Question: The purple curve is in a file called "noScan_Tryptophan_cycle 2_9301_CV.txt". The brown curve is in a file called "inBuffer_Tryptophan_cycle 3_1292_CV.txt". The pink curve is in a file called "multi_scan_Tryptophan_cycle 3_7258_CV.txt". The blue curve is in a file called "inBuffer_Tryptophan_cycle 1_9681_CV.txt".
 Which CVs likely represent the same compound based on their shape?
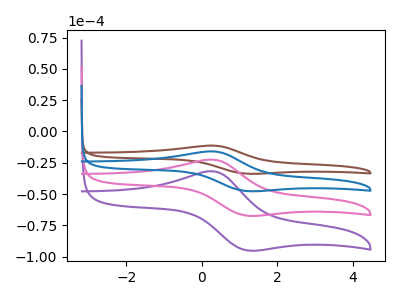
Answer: <think>The purple curve "Tryptophan_cycle 2" has an anodic peak at (0.30V, -47.95uA) and a cathodic peak at (1.20V, -142.90uA). The brown curve "Tryptophan_cycle 3" has an anodic peak at (0.30V, -11.30uA) and a cathodic peak at (1.20V, -33.75uA). The pink curve "Tryptophan_cycle 3" has an anodic peak at (0.30V, -31.95uA) and a cathodic peak at (1.20V, -95.25uA). The blue curve "Tryptophan_cycle 1" has an anodic peak at (0.30V, -16.00uA) and a cathodic peak at (1.20V, -47.65uA).
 All the peaks in "Tryptophan_cycle 2" have a peak in "Tryptophan_cycle 3" at the same potential. All the peaks in "Tryptophan_cycle 2" have a peak in "Tryptophan_cycle 3" at the same potential. All the peaks in "Tryptophan_cycle 2" have a peak in "Tryptophan_cycle 1" at the same potential. All the peaks in "Tryptophan_cycle 3" have a peak in "Tryptophan_cycle 3" at the same potential. All the peaks in "Tryptophan_cycle 3" have a peak in "Tryptophan_cycle 1" at the same potential. All the peaks in "Tryptophan_cycle 3" have a peak in "Tryptophan_cycle 1" at the same potential.</think>
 <answer>"Tryptophan_cycle 3", "Tryptophan_cycle 2", "Tryptophan_cycle 3" and "Tryptophan_cycle 1" have the same shape and are likely CV's of the same chemical.</answer>
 <eval>"Tryptophan_cycle 3" "Tryptophan_cycle 2" "Tryptophan_cycle 3" "Tryptophan_cycle 1"</eval>